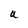
Character: U